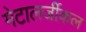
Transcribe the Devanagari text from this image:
मेटालर्जीकल